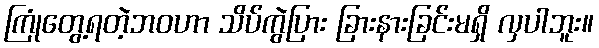
ကြုံတွေ့ရတဲ့ဘဝဟာ သိပ်ကွဲပြား ခြားနားခြင်းမရှိ လှပါဘူး။